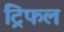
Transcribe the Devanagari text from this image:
ट्रिफल